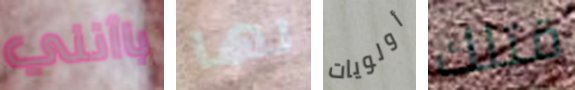
باأنني لها أولويات قتلك